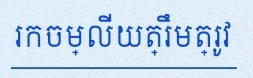
រកចម្លើយត្រឹមត្រូវ